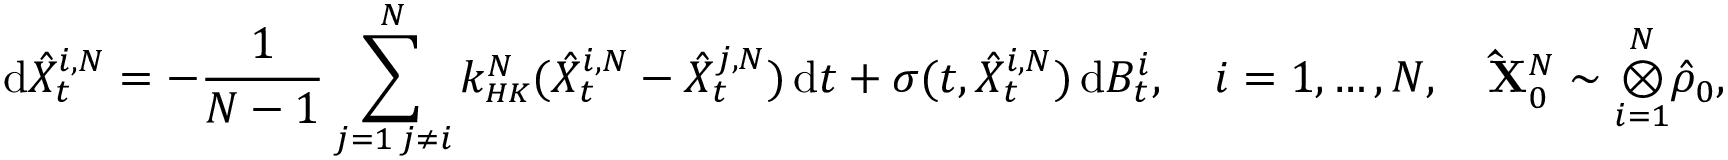
\, \mathrm { d } \hat { X } _ { t } ^ { i , N } = - \frac { 1 } { N - 1 } \sum _ { \substack { j = 1 \, j \neq i } } ^ { N } k _ { \scriptscriptstyle { H K } } ^ { N } ( \hat { X } _ { t } ^ { i , N } - \hat { X } _ { t } ^ { j , N } ) \, \mathrm { d } t + \sigma ( t , \hat { X } _ { t } ^ { i , N } ) \, \mathrm { d } B _ { t } ^ { i } , \quad i = 1 , \ldots , N , \quad \mathbf { \hat { X } } _ { 0 } ^ { N } \sim \overset { N } { \underset { i = 1 } { \otimes } } \hat { \rho } _ { 0 } ,